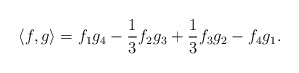
\begin{align*} \langle f, g\rangle = f_1 g_4 - \frac{1}{3} f_2 g_3 + \frac{1}{3} f_3g_2 -f_4g_1.\end{align*}